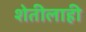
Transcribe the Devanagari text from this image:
शेतीलाही